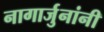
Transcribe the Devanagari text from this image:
नागार्जुनांनी